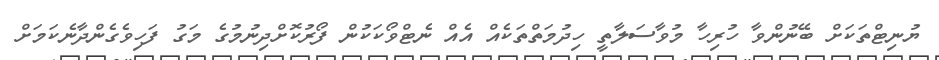
ޔުނިޓްތަކަށް ބޭނުންވާ ހުރިހާ މުވާސަލާތީ ހިދުމަތްތަކެއް އެއް ނެޓްވޯކަކުން ފޯރުކޮށްދިނުމުގެ މަގު ފަހިވެގެންދާނެކަމަށް